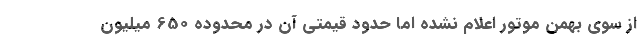
از سوی بهمن موتور اعلام نشده اما حدود قیمتی آن در محدوده 650 میلیون